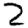
Digit: 2